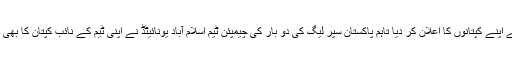
تمام ٹیموں نے اپنے کپتانوں کا اعلان کر دیا تاہم پاکستان سپر لیگ کی دو بار کی چیمپئن ٹیم اسلام آباد یونائیٹڈ نے اپنی ٹیم کے نائب کپتان کا بھی اعلان کر دیا۔